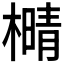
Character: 𰘫